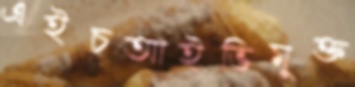
এইচআইভিমুক্ত